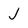
Character: j